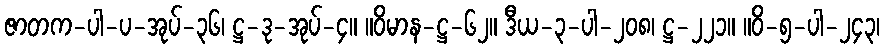
ဇာတက-ပါ-ပ-အုပ်-၃၆၊ ဋ္ဌ-ဒု-အုပ်-၄။ ။ဝိမာန-ဋ္ဌ-၆၂။ ဒီယ-၃-ပါ-၂၀၈၊ ဋ္ဌ-၂၂၁။ ။ဝိ-၅-ပါ-၂၄၃၊